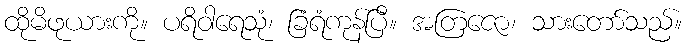
ထိုမိဖုယားကို။ ပရိဝါရေသုံ၊ ခြံရံကုန်ပြီ။ အတြဇော၊ သားတော်သည်။